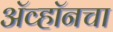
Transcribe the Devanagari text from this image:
ॲव्हॉनचा